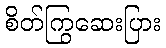
စိတ်ကြွဆေးပြား